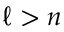
\ell > n